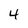
Character: 4